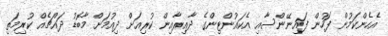
އެހެންކަމުން ފަހުން ފައިނޭންސާއި އެކައުންޓިންގެ ދާއިރާއިން ކުރިއަށް ދިއުމަށް މާބޮޑު ދައްޗެއް ކުރިމަތި